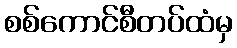
စစ်ကောင်စီတပ်ထံမှ